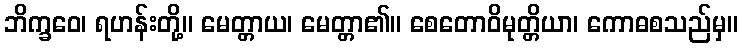
ဘိက္ခဝေ၊ ရဟန်းတို့။ မေတ္တာယ၊ မေတ္တာ၏။ စေတောဝိမုတ္တိယာ၊ ကောဓစသည်မှ။